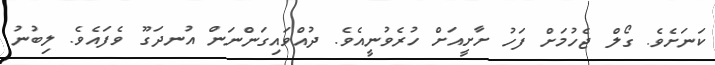
ކަނަށެވެ. ގޯލް ޖެހުމަށް ފަހު ށާށީއަށް ހުރެވުނީއެވެ. ދުއްވައިގަންނަން އުނދަގޫ ވެފައެވެ. ލިބުނު